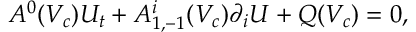
A ^ { 0 } ( V _ { c } ) U _ { t } + A _ { 1 , - 1 } ^ { i } ( V _ { c } ) \partial _ { i } U + Q ( V _ { c } ) = 0 ,